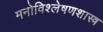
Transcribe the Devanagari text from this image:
मनोविश्लेषणशास्त्र